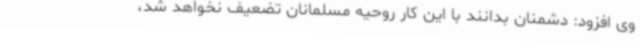
وی افزود: دشمنان بدانند با این کار روحیه مسلمانان تضعیف نخواهد شد،